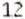
12